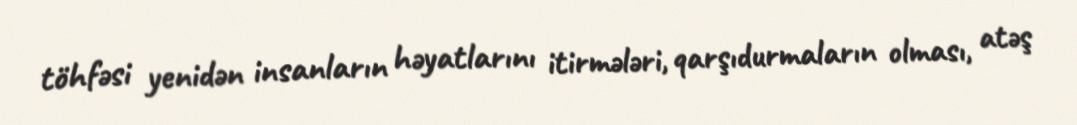
töhfəsi yenidən insanların həyatlarını itirmələri, qarşıdurmaların olması, atəş